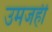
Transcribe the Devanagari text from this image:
उमजही